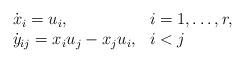
LaTeX: \begin{align*}\begin{array}{ll}\dot{x}_i = u_i, & i=1,\dots,r, \\\dot{y}_{ij} = x_iu_j - x_ju_i, & i < j \\\end{array}\end{align*}